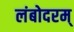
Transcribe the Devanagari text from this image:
लंबोदरम्